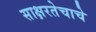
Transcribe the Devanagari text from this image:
साक्षरतेचाचे